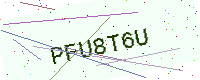
Text: PFU8T6U